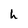
Character: h